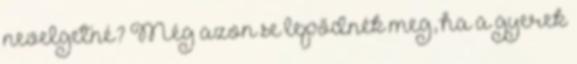
nevelgetné? Még azon se lepődnék meg, ha a gyerek